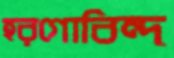
হরগোবিন্দ